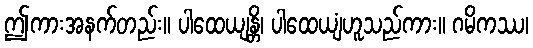
ဤကားအနက်တည်း။ ပါထေယျန္တိ၊ ပါထေယျံဟူသည်ကား။ ဂမိကဿ၊